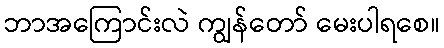
ဘာအကြောင်းလဲ ကျွန်တော် မေးပါရစေ။